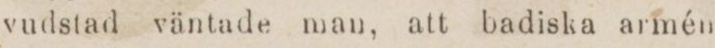
vudstad väntade man, att badiska armén